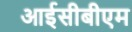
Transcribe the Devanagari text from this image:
आईसीबीएम